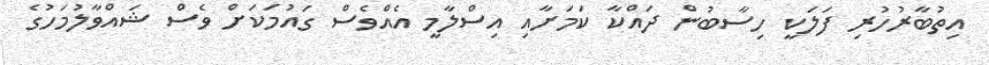
އިތުބާރުހުރި ފަލަކީ ހިސާބުން ދައްކާ ކަމަށާއި އިސްލާމީ އެއްވެސް ގައުމަކަށް ވެސް ޝައްވާލުމަހުގެ